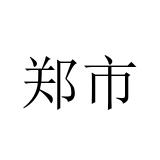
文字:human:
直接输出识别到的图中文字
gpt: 郑市